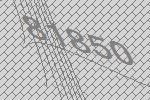
81850